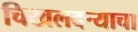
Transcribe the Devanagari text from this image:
चिखलदर्‍याचा